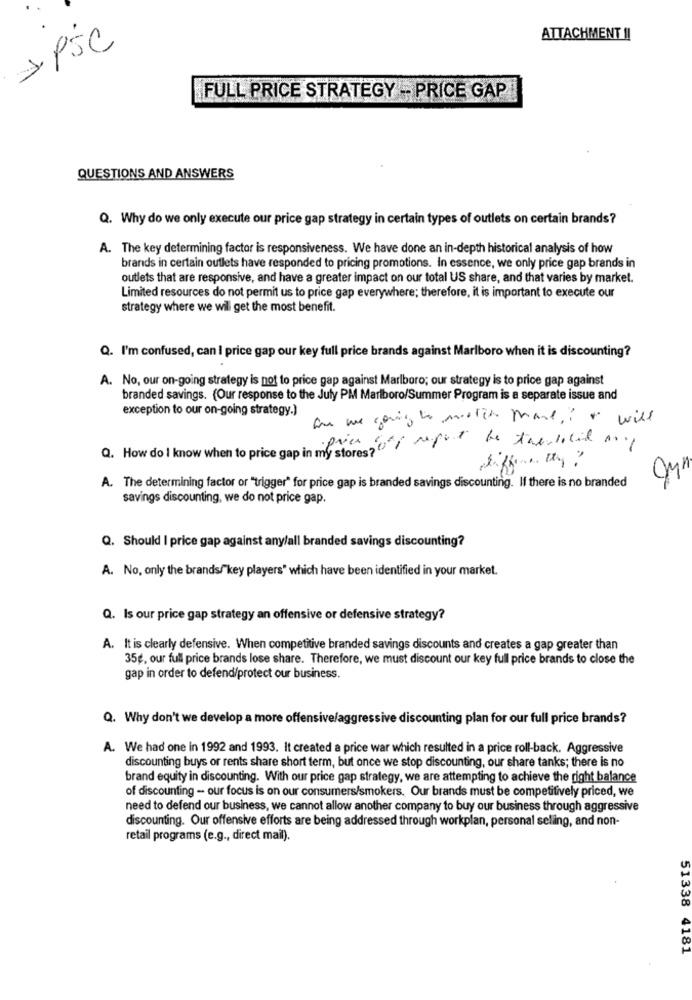
> PSC
ATTACHMENT !!
FULL PRICE STRATEGY -- PRICE GAP
QUESTIONS AND ANSWERS
Q. Why do we only execute our price gap strategy in certain types of outlets on certain brands?
A. The key determining factor is responsiveness. We have done an in-depth historical analysis of how
brands in certain outlets have responded to pricing promotions. In essence, we only price gap brands in
outlets that are responsive, and have a greater impact on our total US share, and that varies by market.
Limited resources do not permit us to price gap everywhere; therefore, it is important to execute our
strategy where we wil get the most benefit.
Q. I'm confused, can I price gap our key full price brands against Marlboro when it is discounting?
A. No, our on-going strategy is not to price gap against Marlboro; our strategy is to price gap against
branded savings. (Our response to the July PM Marlboro/Summer Program is a separate issue and
exception to our on-going strategy.)
Are we going to meter mare? " will
Q. How do I know when to price gap in my stores? "
A. The determining factor or "trigger" for price gap is branded savings discounting. If there is no branded
savings discounting, we do not price gap.
Q. Should I price gap against any/all branded savings discounting?
A. No, only the brands/"key players" which have been identified in your market.
Q. Is our price gap strategy an offensive or defensive strategy?
A. It is clearly defensive. When competitive branded savings discounts and creates a gap greater than
35g, our full price brands lose share. Therefore, we must discount our key full price brands to close the
gap in order to defend/protect our business.
Q. Why don't we develop a more offensive/aggressive discounting plan for our full price brands?
A. We had one in 1992 and 1993. It created a price war which resulted in a price roll-back. Aggressive
discounting buys or rents share short term, but once we stop discounting, our share tanks; there is no
brand equity in discounting. With our price gap strategy, we are attempting to achieve the right balance
of discounting - our focus is on our consumers/smokers. Our brands must be competitively priced, we
need to defend our business, we cannot allow another company to buy our business through aggressive
discounting. Our offensive efforts are being addressed through workplan, personal selling, and non-
retail programs (e.g ., direct mail).
51338 4181